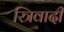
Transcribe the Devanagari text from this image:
स्त्रिवादी